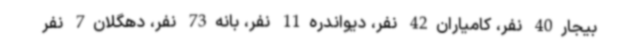
بیجار40 نفر، کامیاران42 نفر، دیواندره11 نفر، بانه73 نفر، دهگلان7 نفر